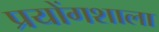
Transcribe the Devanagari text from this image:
प्रयोंगशाला